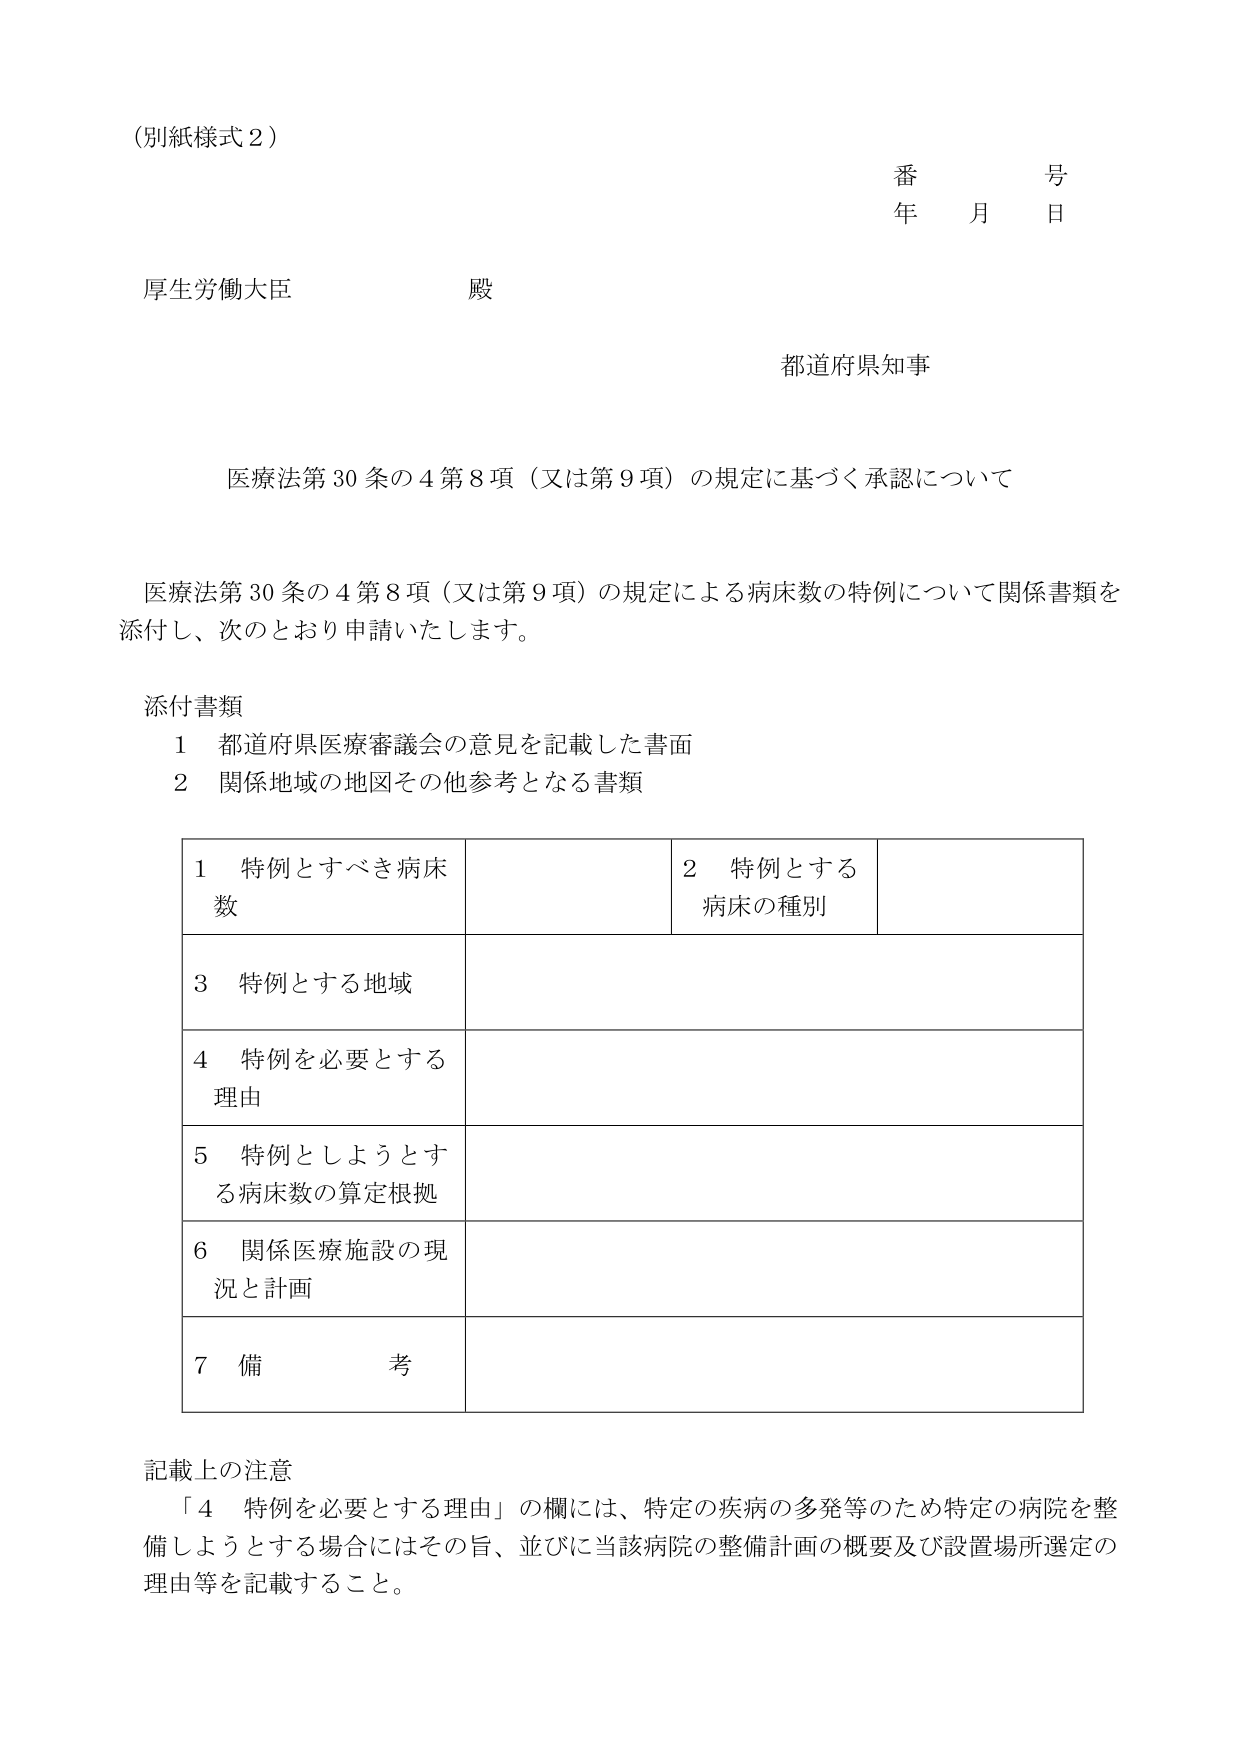
（別紙様式２）

番　　号
年　月　日

厚生労働大臣　　殿

都道府県知事

医療法第30条の4第8項（又は第9項）の規定に基づく承認について

医療法第30条の4第8項（又は第9項）の規定による病床数の特例について関係書類を
添付し、次のとおり申請いたします。

添付書類
　1　都道府県医療審議会の意見を記載した書面
　2　関係地域の地図その他参考となる書類

| 1　特例とすべき病床数 | | 2　特例とする病床の種別 | |
|---|---|---|---|
| 3　特例とする地域 | | | |
| 4　特例を必要とする理由 | | | |
| 5　特例としようとする病床数の算定根拠 | | | |
| 6　関係医療施設の現況と計画 | | | |
| 7　備　　考 | | | |

記載上の注意
　「4　特例を必要とする理由」の欄には、特定の疾病の多発等のため特定の病院を整備しようとする場合にはその旨、並びに当該病院の整備計画の概要及び設置場所選定の理由等を記載すること。